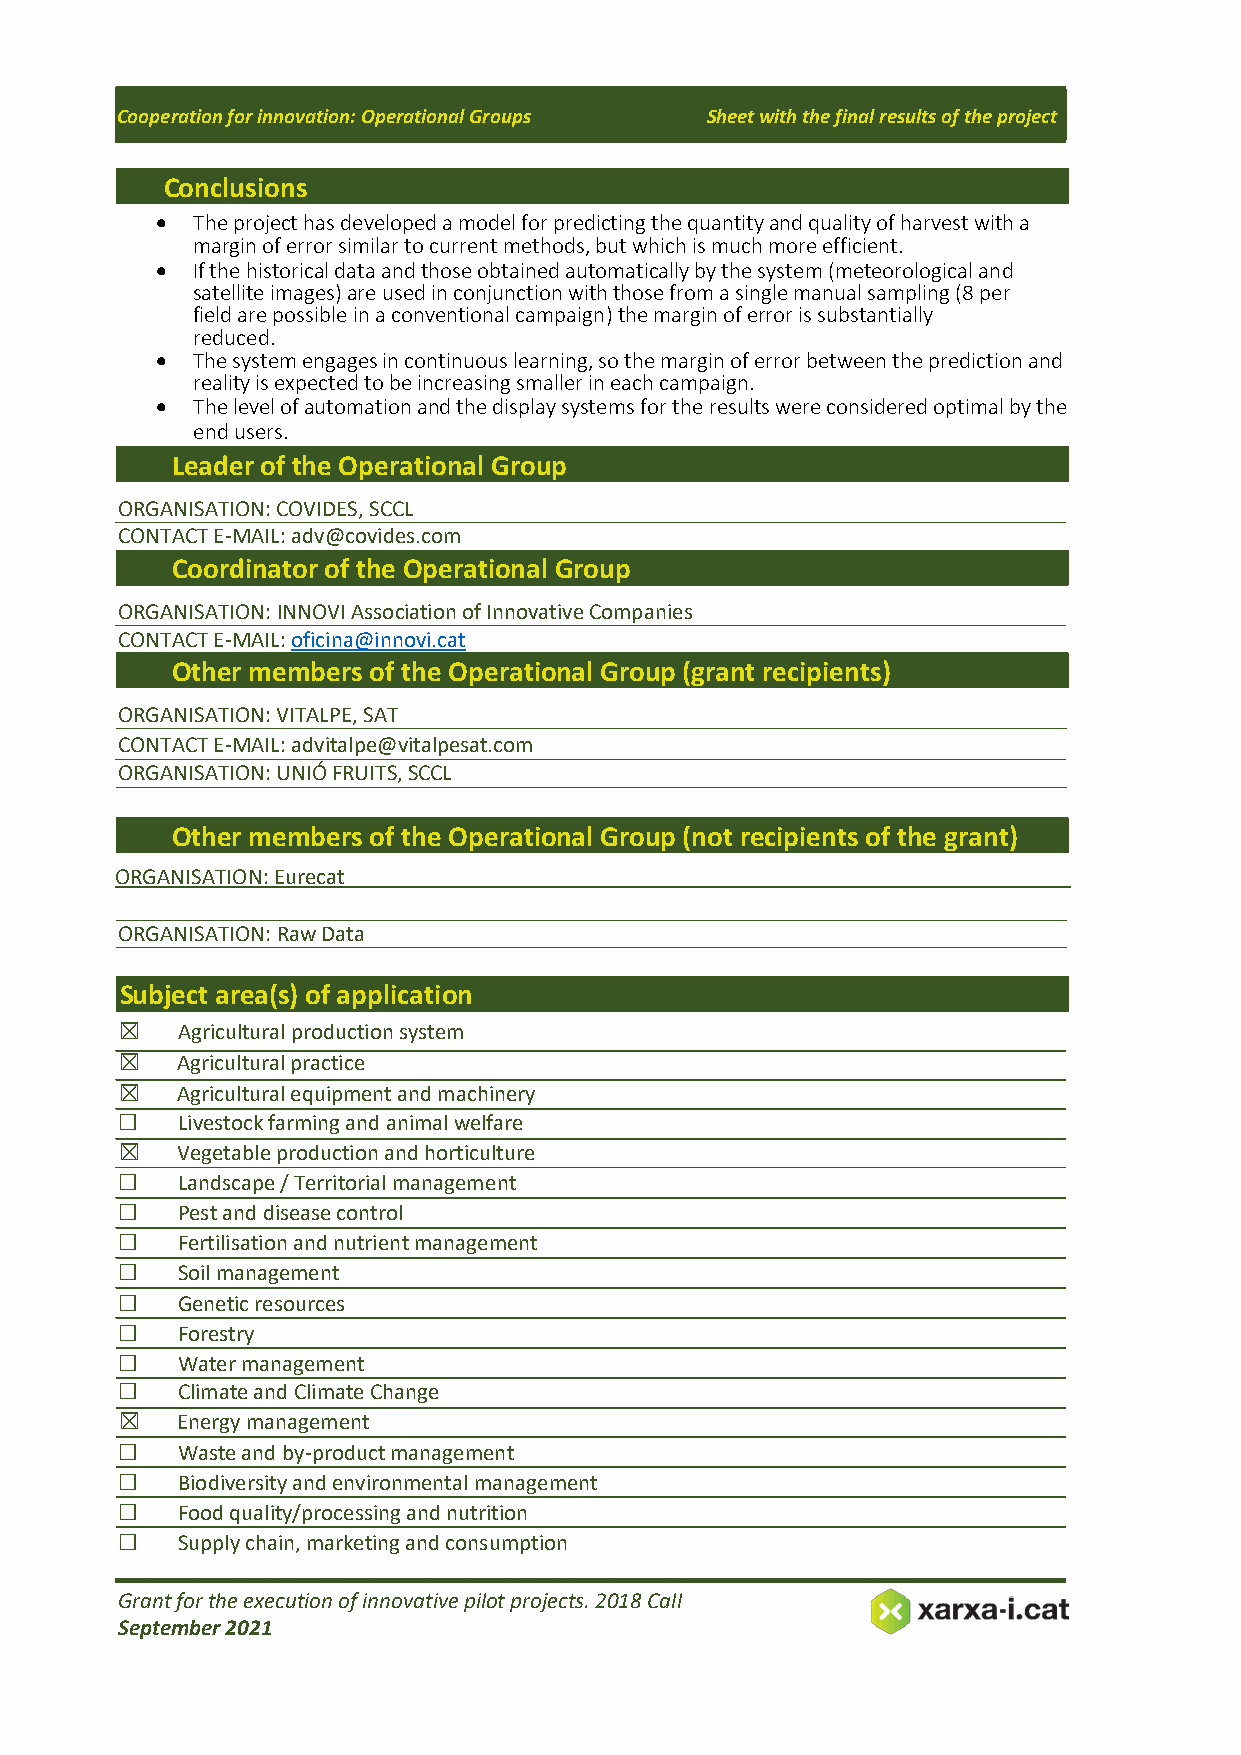
Cooperation for innovation: Operational Groups Sheet with the final results of the project
 Conclusions
 •  The project has developed a model for predicting the quantity and quality of harvest with a
 margin of error similar to current methods, but which is much more efficient.
 •  If the historical data and those obtained automatically by the system (meteorological and
 satellite images) are used in conjunction with those from a single manual sampling (8 per
 field are possible in a conventional campaign) the margin of error is substantially
 reduced.
 •  The system engages in continuous learning, so the margin of error between the prediction and
 reality is expected to be increasing smaller in each campaign.
 •  The level of automation and the display systems for the results were considered optimal by the
 end users.
 Leader of the Operational Group
 ORGANISATION: COVIDES, SCCL
 CONTACT E-MAIL: adv@covides.com
 Coordinator of the Operational Group
 ORGANISATION: INNOVI Association of Innovative Companies
 CONTACT E-MAIL: oficina@innovi.cat
 Other members of the Operational Group (grant recipients)
 ORGANISATION: VITALPE, SAT
 CONTACT E-MAIL: advitalpe@vitalpesat.com
 ORGANISATION: UNIÓ FRUITS, SCCL
 Other members of the Operational Group (not recipients of the grant)
 ORGANISATION: Eurecat
 ORGANISATION: Raw Data
 Subject area(s) of application
 ☒   Agricultural production system
 ☒   Agricultural practice
 ☒   Agricultural equipment and machinery
 □   Livestock farming and animal welfare
 ☒   Vegetable production and horticulture
 □   Landscape / Territorial management
 □   Pest and disease control
 □   Fertilisation and nutrient management
 □   Soil management
 □   Genetic resources
 □   Forestry
 □   Water management
 □   Climate and Climate Change
 ☒   Energy management
 □   Waste and by-product management
 □   Biodiversity and environmental management
 □   Food quality/processing and nutrition
 □   Supply chain, marketing and consumption
 Grant for the execution of innovative pilot projects. 2018 Call
 September 2021